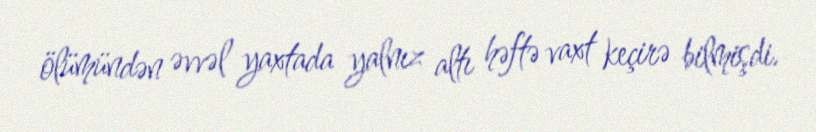
ölümündən əvvəl yaxtada yalnız altı həftə vaxt keçirə bilmişdi.